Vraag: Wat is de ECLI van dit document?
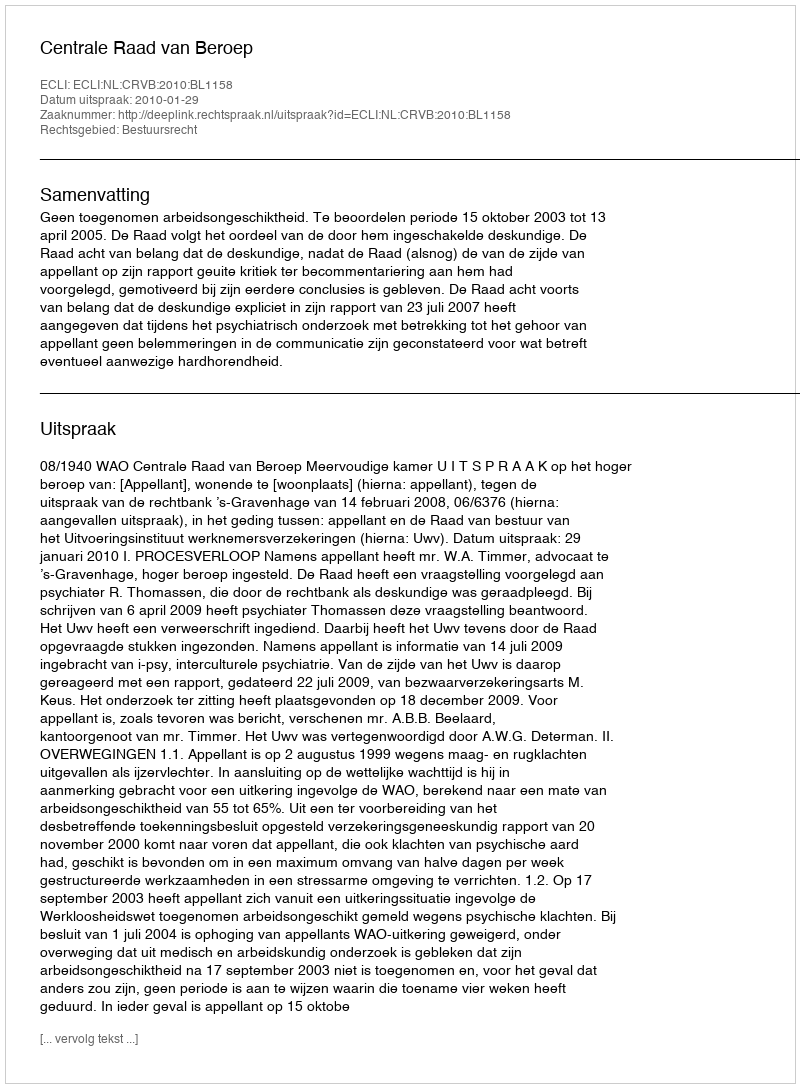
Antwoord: ECLI:NL:CRVB:2010:BL1158